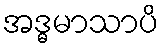
အဒ္ဓမာသာပိ